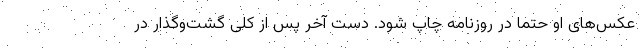
عکس‌های او حتما در روزنامه چاپ شود. دست آخر پس از کلی گشت‌وگذار در